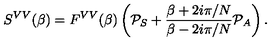
S ^ { V V } ( \beta ) = F ^ { V V } ( \beta ) \left( { \cal P } _ { S } + \frac { \beta + 2 i \pi / N } { \beta - 2 i \pi / N } { \cal P } _ { A } \right) .